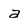
Character: a